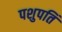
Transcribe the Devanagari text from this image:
पशुपतिं